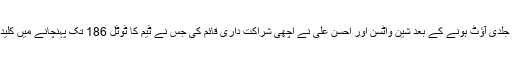
احمد شہزاد کے جلدی آؤٹ ہونے کے بعد شین واٹسن اور احسن علی نے اچھی شراکت داری قائم کی جس نے ٹیم کا ٹوٹل 186 تک پہنچانے میں کلیدی کردار ادا کیا۔